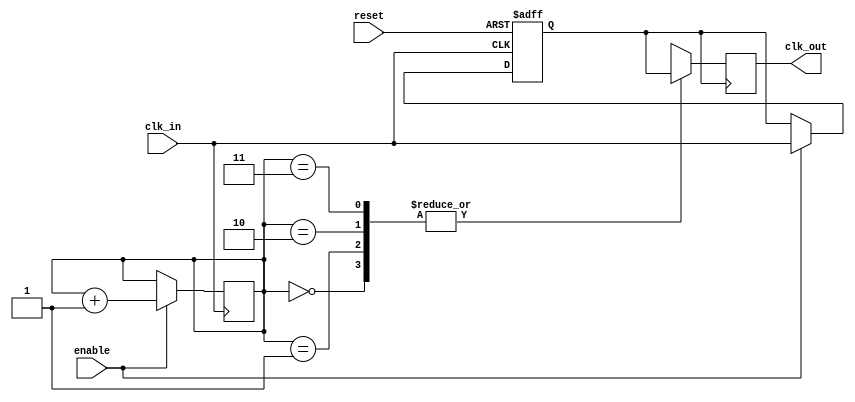
module clock_buffer (
    input  wire clk_in,      // Single-ended input clock signal
    output reg  clk_out,     // Buffered output clock signal
    input  wire enable,      // Control signal to enable/disable clock buffer
    input  wire reset        // Asynchronous reset signal
);
    // Parameters for adjustable delay stages
    parameter DELAY_STAGE_1 = 2; // Defined delay stages (in simulation units)
    parameter DELAY_STAGE_2 = 4;

    // Internal signals
    reg      [1:0] delay_stage;
    reg      clk_internal;

    // Asynchronous reset logic
    always @(posedge clk_in or posedge reset) begin
        if (reset) begin
            clk_internal <= 1'b0; // Initialize internal clock signal
        end
        else if (enable) begin
            clk_internal <= clk_in; // Pass through clk_in when enabled
        end
    end

    // Adjustable delay logic
    always @(posedge clk_internal) begin
        case (delay_stage)
            2'b00: clk_out <= #DELAY_STAGE_1 clk_internal; // Default propagation delay
            2'b01: clk_out <= #DELAY_STAGE_2 clk_internal; // Alternate delay stage
            2'b10: clk_out <= #DELAY_STAGE_1 clk_internal; // Possible future delay state
            2'b11: clk_out <= #DELAY_STAGE_2 clk_internal; // Possible future delay state
            default: clk_out <= clk_internal;               // Fallback case
        endcase
    end

    // Dummy logic to simulate delay stage adjustment (to be connected to control logic)
    always @(posedge clk_in) begin
        if (enable) begin
            delay_stage <= delay_stage + 1; // Cycle through delay stages
        end
    end

    // Additional power management and signal integrity checks can be placed here as needed

endmodule